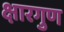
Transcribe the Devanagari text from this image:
क्षारगुण